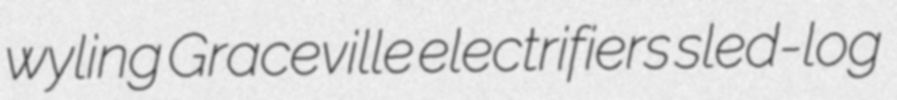
wyling Graceville electrifiers sled-log